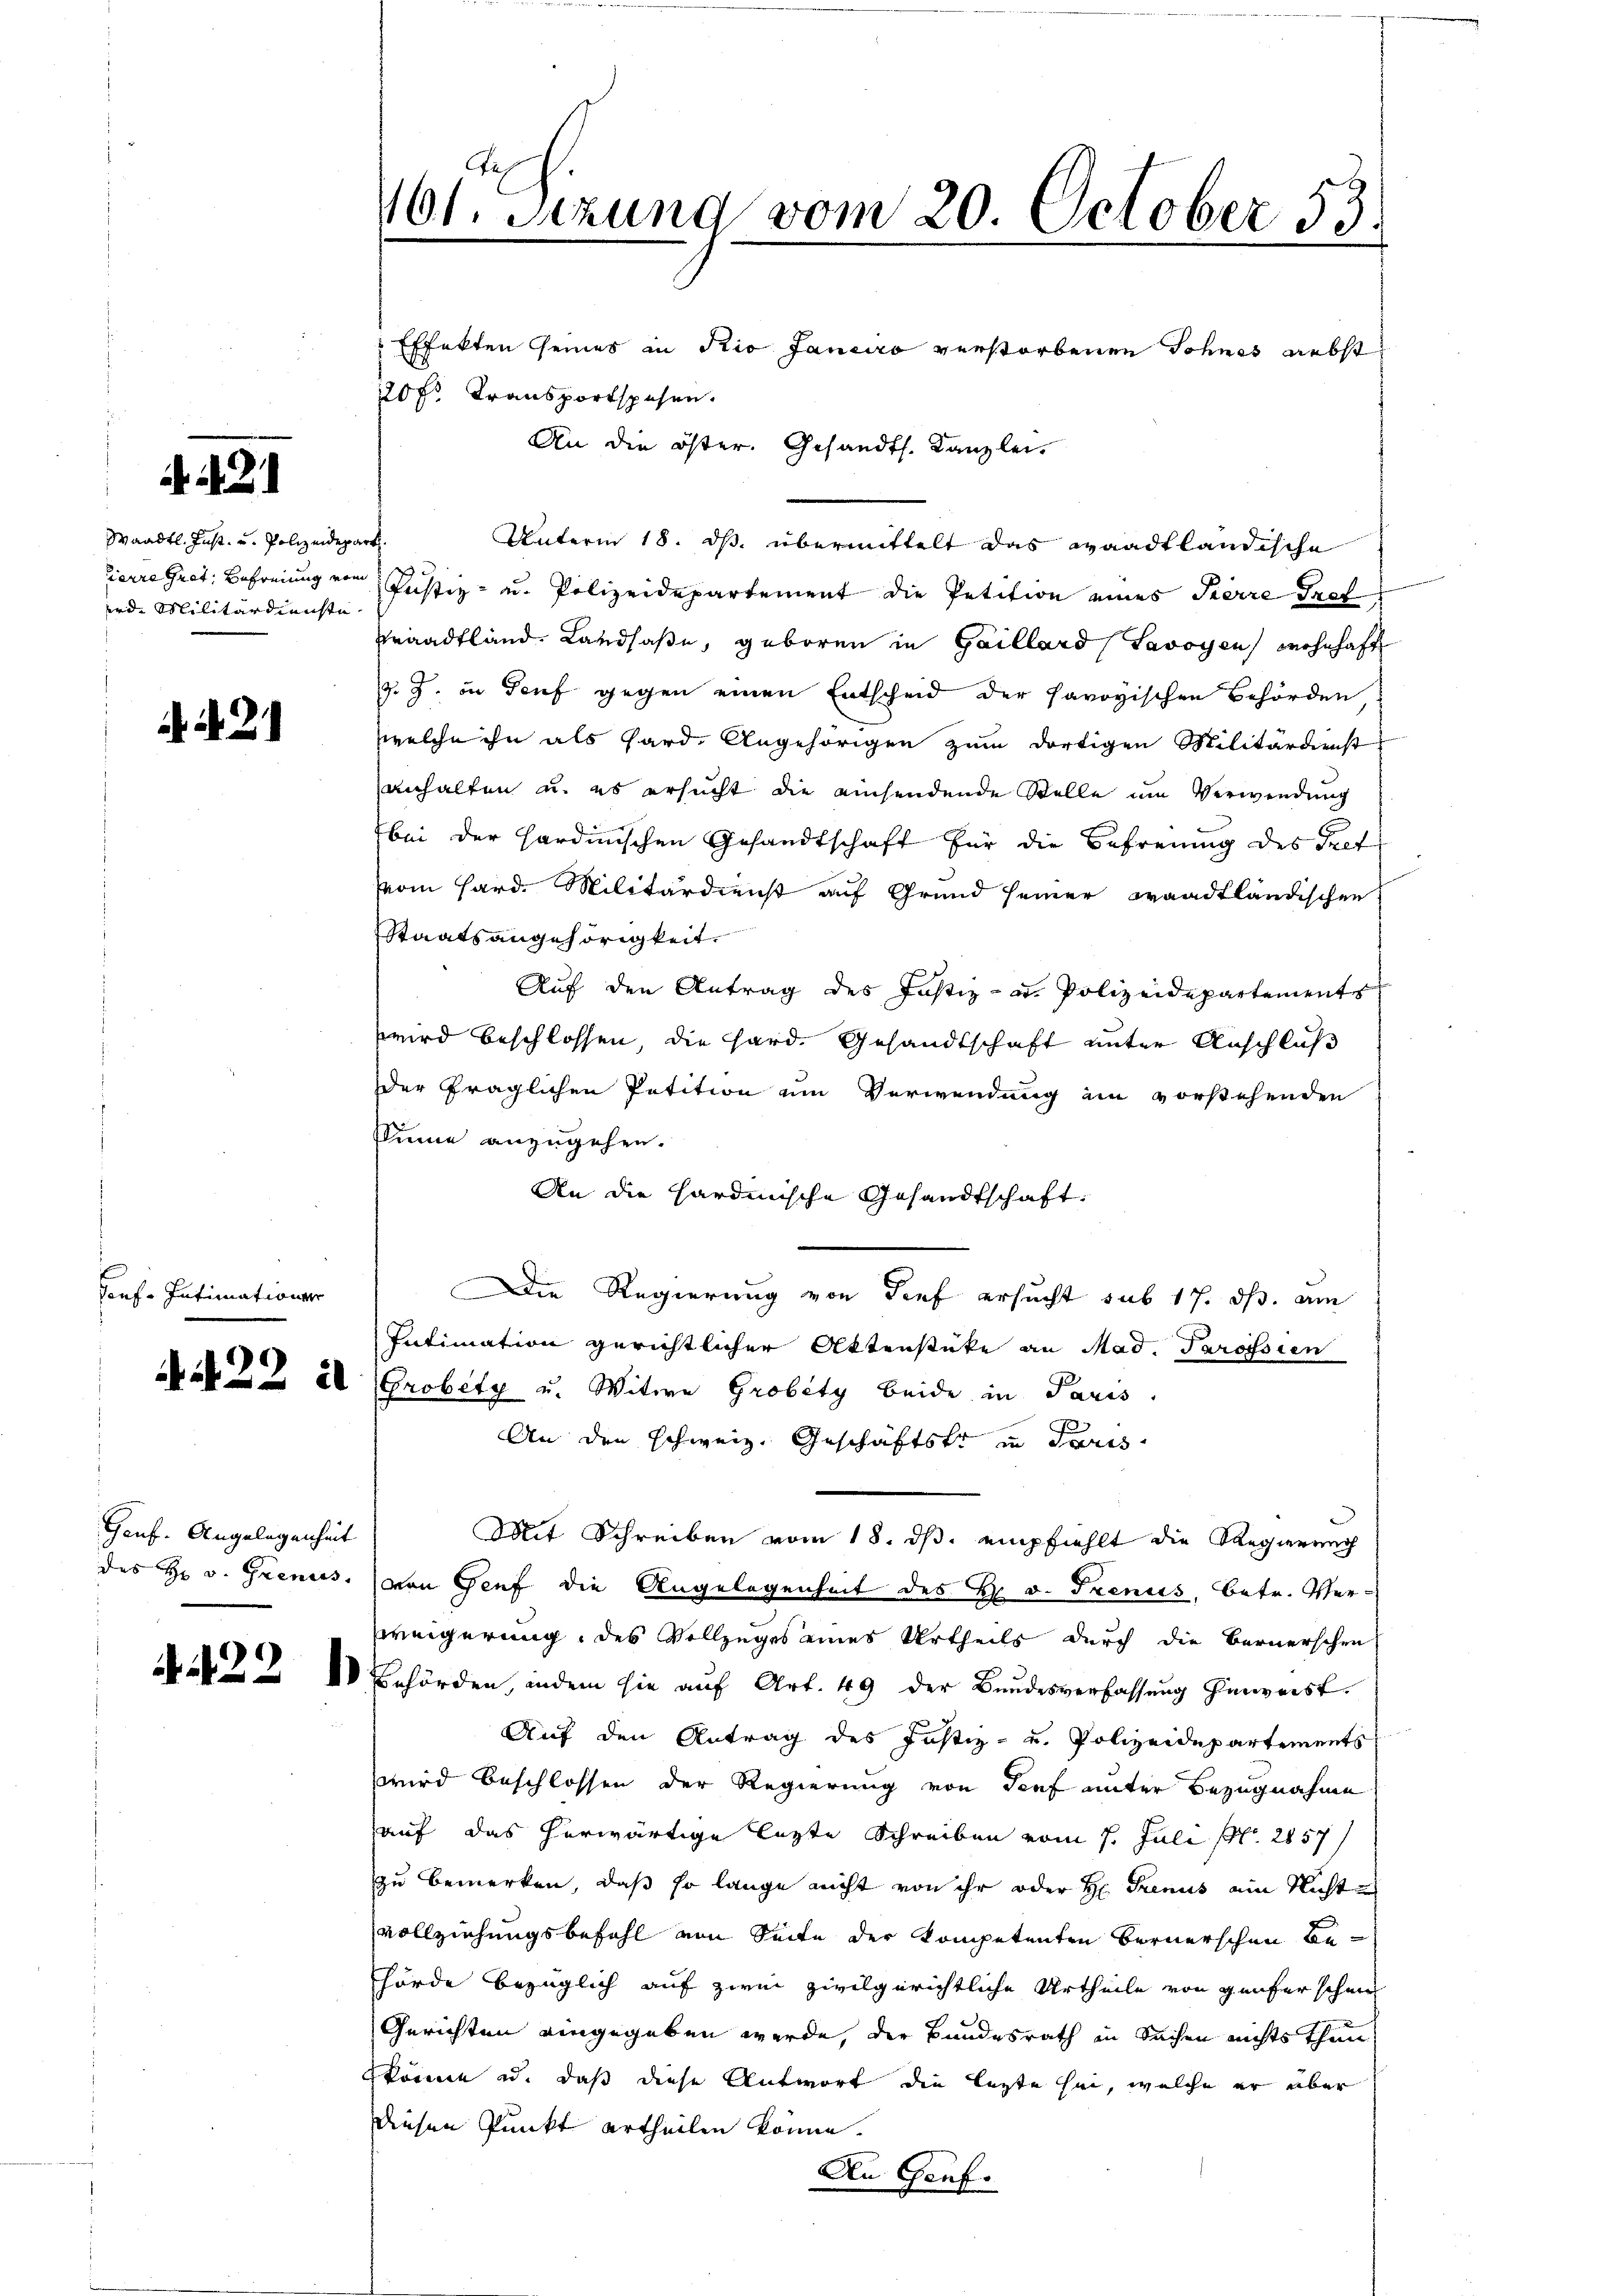
. 22

Waadt. Fast und Polizeidep
ierre Gret, Befreiung von
ird. Militärdienste

A 2

onf. Intimations

Gauf. Angelegenheit
des H: v. Grenis

4122 11.

4601 Sizung vom 20. October 53

Effekten seines in Rio Janeiro verstorbenen Sohnss nebst
220 f. Transportspesen.
An die öster. Gesandts. Kanzlei.

Unterm 18. ds. übermittelt das waadtländische
Justiz- u. Polizeidepartement die Petition eines Herre Prof
Kraadtland Landsase, geboren in Gaillard Savoyen, wohnhaft
z. Z. in Genf gegen einen Entscheid der savoyischen Behörden
welche ihn als Hard, Angehörigen zum dortigen Militärdienst
anhalten u. es ersucht die einsendende Stelle um Verwendung
bei der Hardinischen Gesandtschaft für die Befreung des Tref
Vom Hard. Militärdienst auf Grund seiner waadtländischen
Staatsangehörigkeit.
Auf den Antrag des Justiz- u. Polizeidepartements
wird beschlossen, die Hard. Gesandtschaft unter Anschluß
der fraglichen Petition um Verwendung ein vorstehenden
Sinne anzugehen.
An die Hardinische Gesandtschaft
Die Regierung von Tief ersucht sub 17. ds. am
Intimation gerichtlicher Aktenstüke an Mad. Parofsien
as 20 (Grobetz u. Witwe Grobity beide in Paris.
An den schweiz. Geschäftstr in Paris
Mit Schreiben vom 18. ds. empfiehlt die Regierung
von Genf die Angelegenheit des H. v. Trenis, betr. Verweigerung des Vollzuges eines Urtheils durch die Bernerschen
Behörden, indem sie auf Art. 49 der Bundesverfassung hinweist.
Auf den Antrag des Justiz- u. Polizeidepartements
wird beschlossen der Regierung von Tief unter Bezugnahme
auf das herwärtige lezte Schreiben vom 1. Juli p. 2857
zu bemerken, daß so lange nicht von ihr oder H. Genus ein Nichte
vollziehungsbefehl von Seite der Kompetenten Bernerschen behörde bezüglich auf zwei zivilgerichtliche Urtheile von Genfer schein
Gerichten eingegeben werde, der Bundesrath in Sachen nichts thun
könne u. daß diese Antwort die legte sei, welche er aber
diesen Punkt ertheilen könne.
An Genf.